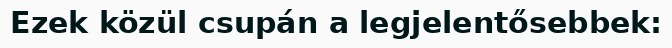
Ezek közül csupán a legjelentősebbek: